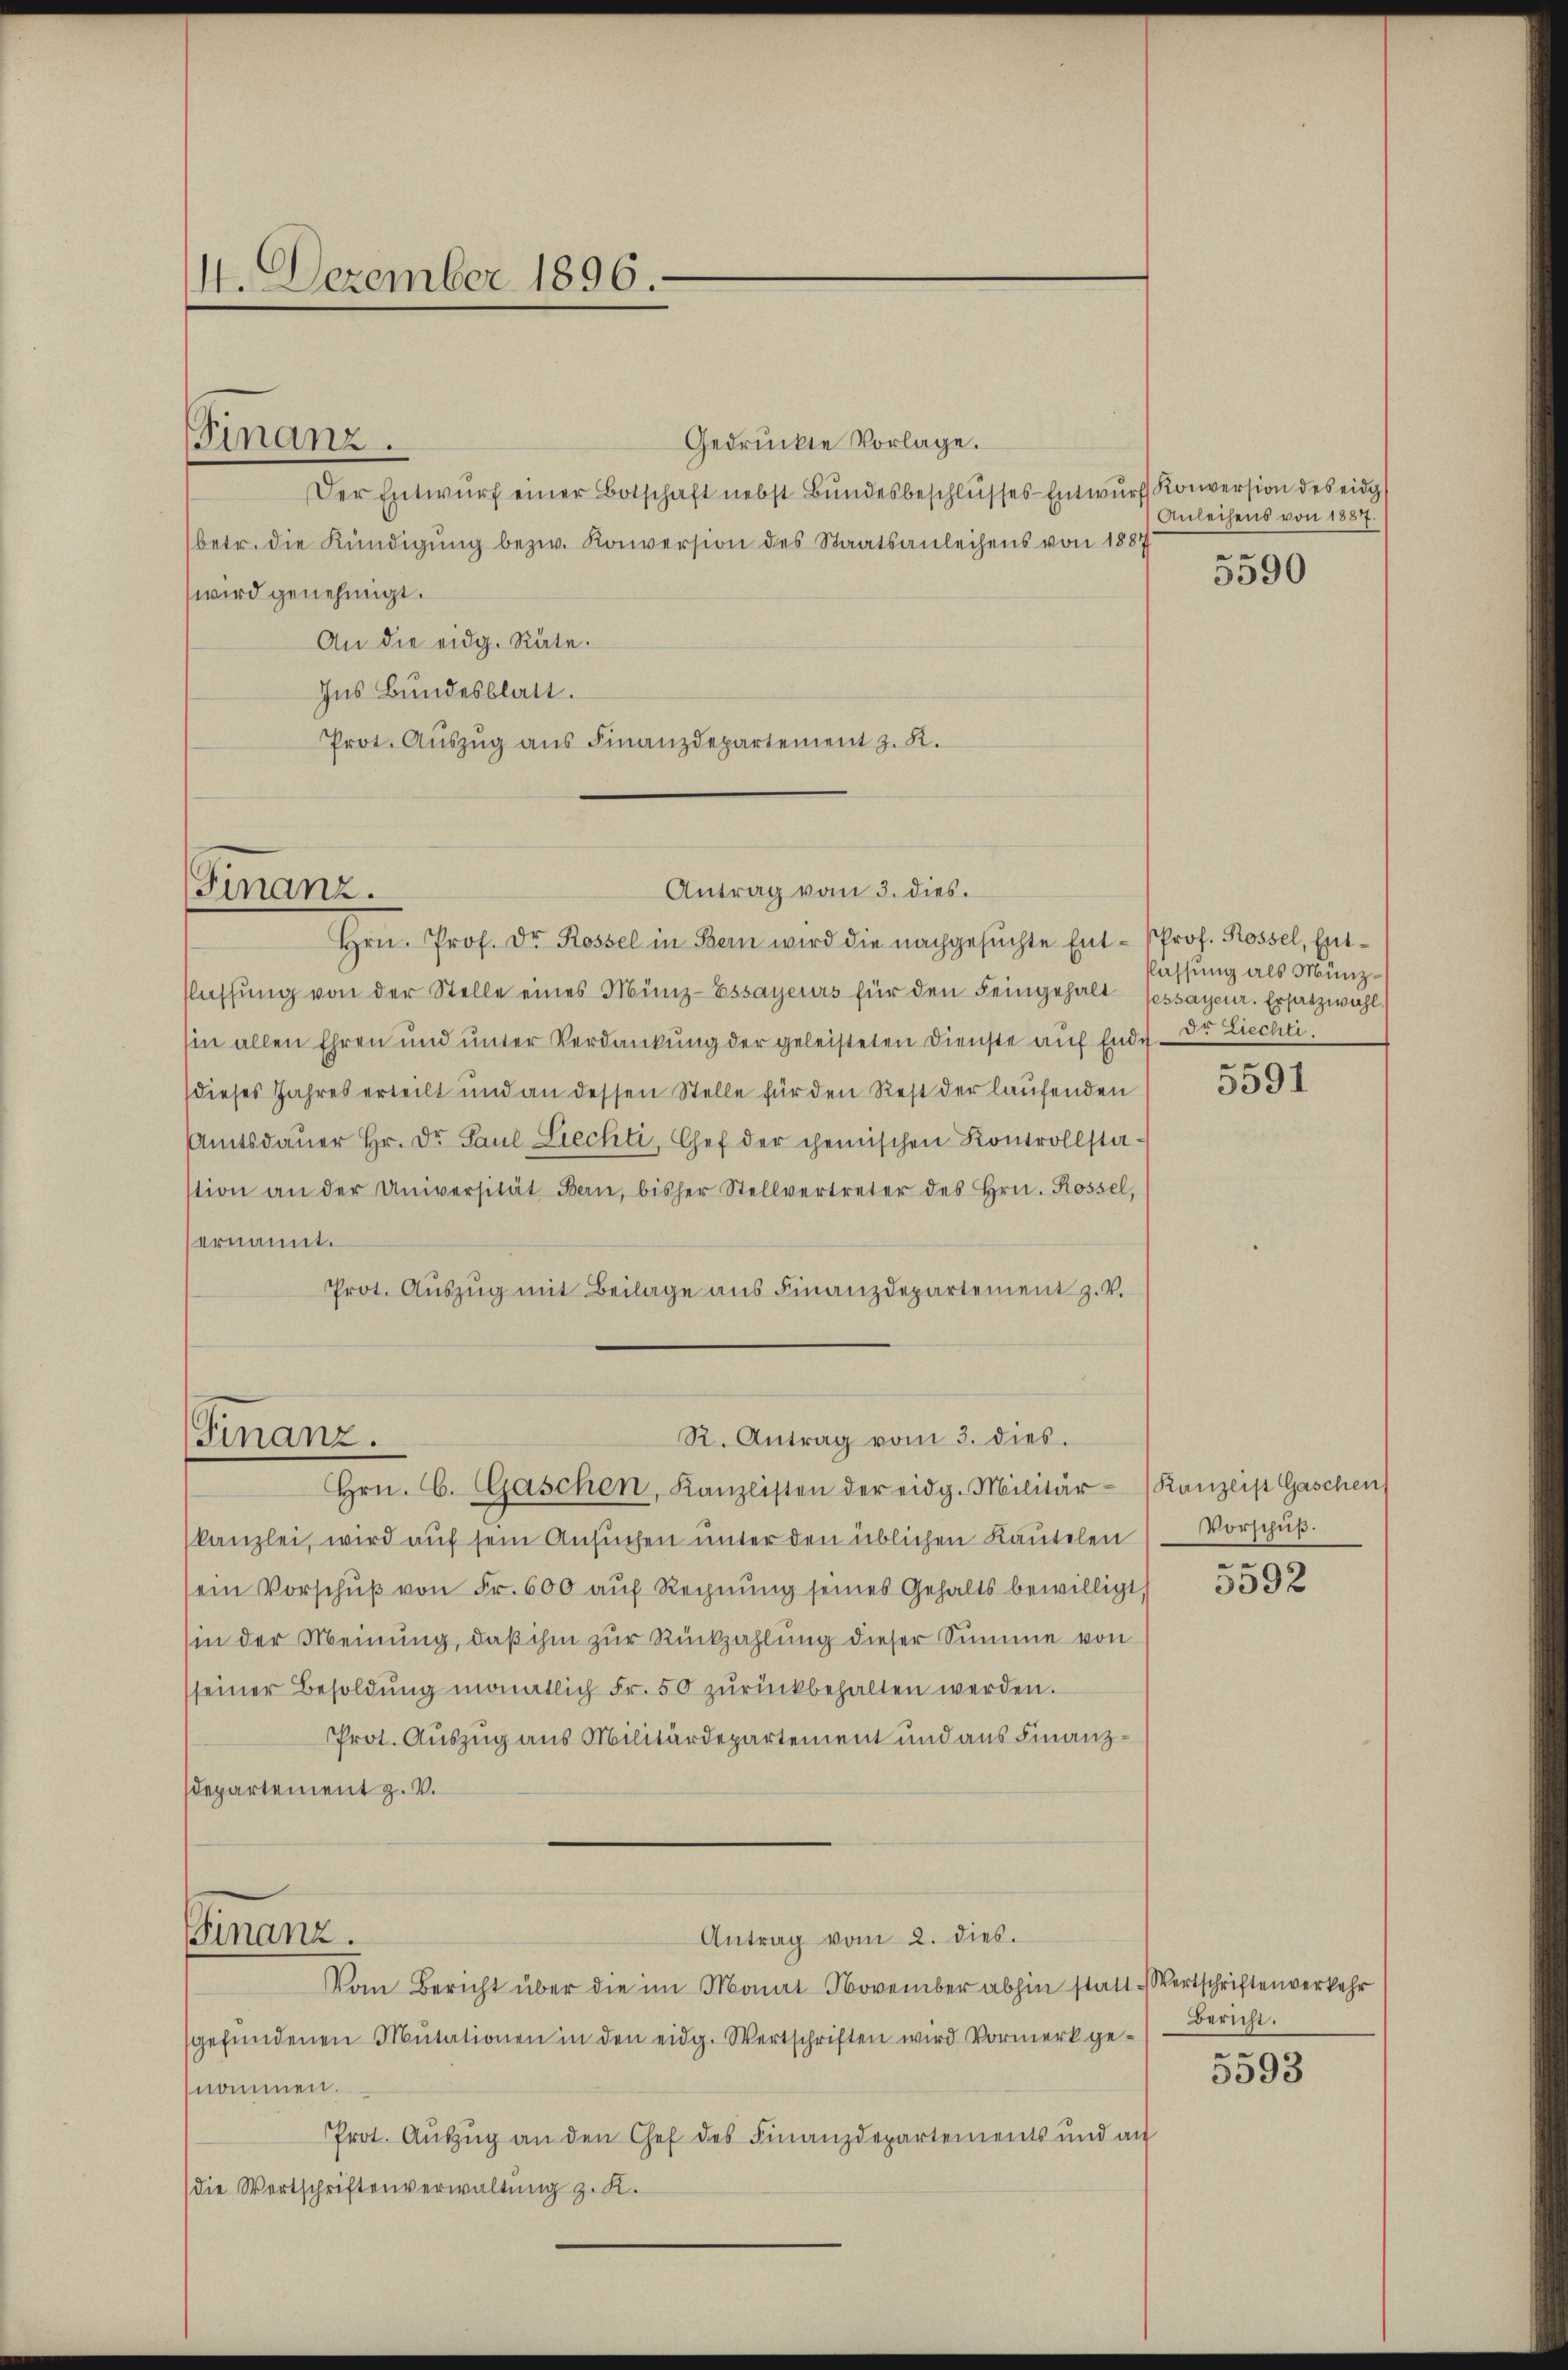
14. Dezember 1896.

Finanz.

Finanz.

Gedrückte Vorlage.
Der Entwŭrf einer Botschaft nebst Bŭndesbeschlŭsses Entwŭrf Konversion des eidg
(betr. die Kündigŭng bezw. Konversion des Staatsanleihens von 1887
wird genehmigt.
An die eidg. Räte.
Ins Bundesblatt.
Prot. Aŭszŭg aŭs Finanzdepartement z. R.
Antrag vom 3. dies
Hrn. Prof. Dr. Rossel in Bern wird die nachgesuchte Ent- Prof. Rossel, Entflassŭng von der Stelle eines Münz-Essayeurs für den Feingehalt sessayeur. Ersatzwahl
Ein allen Ehren und unter Verdankung der geleisteten Dienste auf Ende Dr. Liechti
dieses Jahres erteilt und an dessen Stelle für den Rest der laufenden
Amtsdaŭer Hr. Dr. Paul Liechti, Chef der chemischen Kontrollsta-
stion an der Universität Bern, bisher Stellvertreter des Hrn. Rossel,
ernannt.
Prot. Aŭszŭg mit Beilage aus Finanzdepartement z. V.

R. Antrag vom 3. dies
Finanz.

Anleihens von 1887.
e

Hrn. C. Gaschen, Kanzlisten der eidg. Militär-Kanzlis Gaschen
kanzlei, wird auf sein Ansuchen unter den üblichen Kautelen
ein Vorschŭβ von Fr. 600 aŭf Rechnŭng seines Gehalts bewilligt,
(in der Meinung, daß ihm zur Rückzahlung dieser Summe von
seiner Besoldŭng monatlich Fr. 50 zŭrückbehalten werden.
Prot. Auszug aus Militärdepartement und aus Finanz¬
Departement z. V.
Finanz.
Antrag vom 2. dies.
Vom Bericht über die im Monat November abhin statt. Wertschriftenverkehr
gefŭndenen Mutationen in den eidg. Wertschriften wird Vormerk genommen.
Prot. Aŭszŭg an den Chef des Finanzdepartements und an
die Wertschriftenverwaltung z. K.

3590

flassung als Münz¬

5591

Vorschuß.

e
3392

Bericht.
.

5393